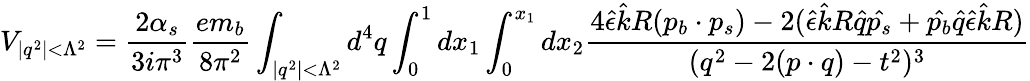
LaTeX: V_{|q^{2}|<\Lambda^{2}}=\frac{2\alpha_{s}}{3i\pi^{3}}\frac{em_{b}}{8\pi^{2}}\int_{|q^{2}|<\Lambda^{2}}d^{4}q\int_{0}^{1}dx_{1}\int_{0}^{x_{1}}dx_{2}\frac{4\hat{\epsilon}\hat{k}R(p_{b}\cdot p_{s})-2(\hat{\epsilon}\hat{k}R\hat{q}\hat{p_{s}}+\hat{p_{b}}\hat{q}\hat{\epsilon}\hat{k}R)}{(q^{2}-2(p\cdot q)-t^{2})^{3}}